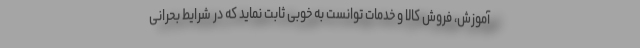
آموزش، فروش کالا و خدمات توانست به خوبی ثابت نماید که در شرایط بحرانی